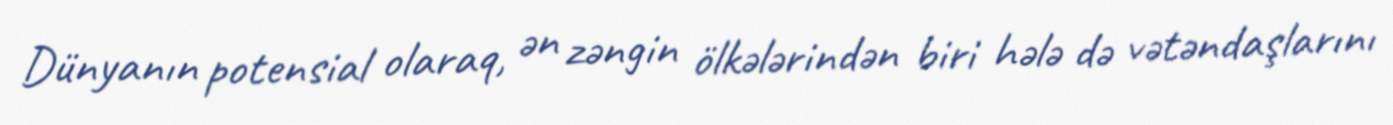
Dünyanın potensial olaraq, ən zəngin ölkələrindən biri hələ də vətəndaşlarını